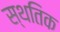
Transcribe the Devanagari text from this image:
स्थतिक